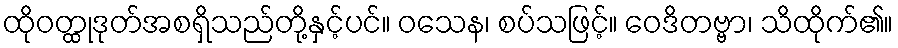
ထိုဝတ္ထုဒုတ်အစရှိသည်တို့နှင့်ပင်။ ဝသေန၊ စပ်သဖြင့်။ ဝေဒိတဗ္ဗာ၊ သိထိုက်၏။